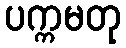
ပက္ကမတု